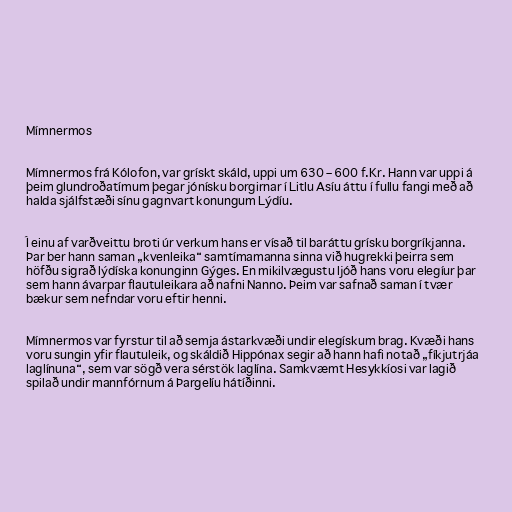
Mímnermos

Mímnermos frá Kólofon, var grískt skáld, uppi um 630 – 600 f.Kr. Hann var uppi á
þeim glundroðatímum þegar jónísku borgirnar í Litlu Asíu áttu í fullu fangi með að
halda sjálfstæði sínu gagnvart konungum Lýdíu.

Í einu af varðveittu broti úr verkum hans er vísað til baráttu grísku borgríkjanna.
Þar ber hann saman „kvenleika“ samtímamanna sinna við hugrekki þeirra sem
höfðu sigrað lýdíska konunginn Gýges. En mikilvægustu ljóð hans voru elegíur þar
sem hann ávarpar flautuleikara að nafni Nanno. Þeim var safnað saman í tvær
bækur sem nefndar voru eftir henni.

Mímnermos var fyrstur til að semja ástarkvæði undir elegískum brag. Kvæði hans
voru sungin yfir flautuleik, og skáldið Hippónax segir að hann hafi notað „fíkjutrjáa
laglínuna“, sem var sögð vera sérstök laglína. Samkvæmt Hesykkíosi var lagið
spilað undir mannfórnum á Þargelíu hátíðinni.